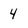
Character: 4